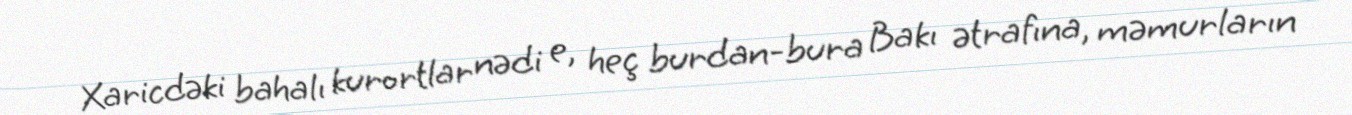
Xaricdəki bahalı kurortlar nədi e, heç burdan-bura Bakı ətrafına, məmurların